Source: Handwritten
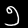
Digit: ၅ (5)